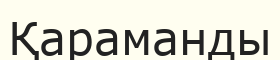
Қараманды